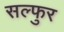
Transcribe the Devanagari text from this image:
सल्फुर